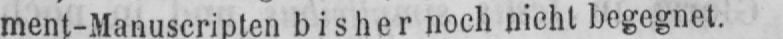
ment-Manuscripten bisher noch nicht begegnet.